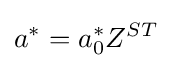
a^{*}=a_{0}^{*}Z^{ST}